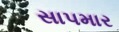
સાપમાર